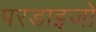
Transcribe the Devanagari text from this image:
परडाइजो